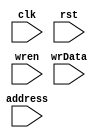
module Ofm(clk,rst, address, wrData, wren);
	input clk;
	input rst;
	input[7:0] address;
	input[7:0] wrData;
	input wren;

	reg [7:0] mem[0:127][0:3];

	integer i, j;
	always@(posedge clk, posedge rst)
	begin
		if(rst)begin   
			for (i = 0; i < 44; i = i + 1)
          		for (j = 0; j < 8; j = j + 1)
            		mem[i][j] <= 8'h00;
		end
		else if(wren)
		begin
			mem[address / 4][address % 4] <= wrData;
		end
	end

endmodule